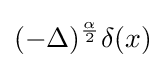
(-\Delta )^{\frac {\alpha }{2}}\delta (x)